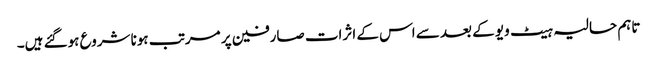
تاہم حالیہ ہیٹ ویو کے بعد سے اس کے اثرات صارفین پر مرتب ہونا شروع ہوگئے ہیں۔